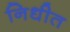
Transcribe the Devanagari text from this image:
निधीत